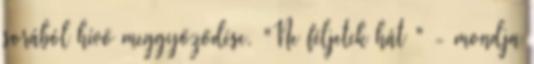
sorából hívő meggyőződése. "Ne féljetek hát " - mondja